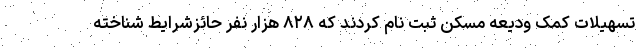
تسهیلات کمک ودیعه مسکن ثبت نام کردند که ۸۲۸ هزار نفر حائزشرایط شناخته